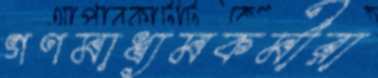
গণমাধ্যমকর্মীরা